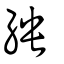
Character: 紻